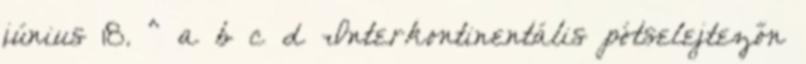
június 18. ^ a b c d Interkontinentális pótselejtezőn